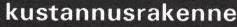
kustannusrakenne